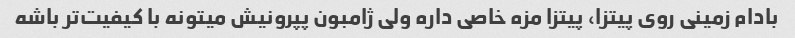
بادام زمینی روی پیتزا، پیتزا مزه خاصی داره ولی ژامبون پپرونیش میتونه با کیفیت‌تر باشه